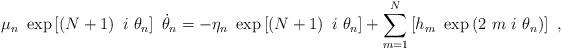
LaTeX: \begin{align*}\mu _{n}~\exp \left[ \left( N+1\right) ~i~\theta _{n}\right] ~\dot{\theta}_{n}=-\eta _{n}~\exp \left[ \left( N+1\right) ~i~\theta _{n}\right]+\sum_{m=1}^{N}\left[ h_{m}~\exp \left( 2~m~i~\theta _{n}\right) \right] ~,\end{align*}